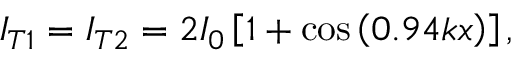
I _ { T 1 } = I _ { T 2 } = 2 I _ { 0 } \left[ 1 + \cos \left( 0 . 9 4 k x \right) \right] ,